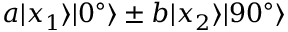
a | x _ { 1 } \rangle | 0 ^ { \circ } \rangle \pm b | x _ { 2 } \rangle | 9 0 ^ { \circ } \rangle